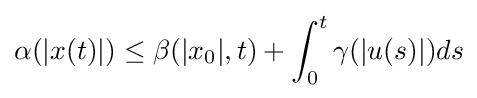
\alpha (|x(t)|)\leq \beta (|x_{0}|,t)+\int _{0}^{t}\gamma (|u(s)|)ds